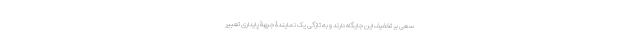
سعی بر تخفیف این جایگاه دارند و به تازگی یک نمایندۀ جبهۀ پایداری تعبیر